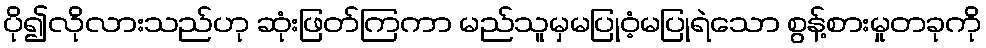
ပို၍လိုလားသည်ဟု ဆုံးဖြတ်ကြကာ မည်သူမှမပြုဝံ့မပြုရဲသော စွန့်စားမှုတခုကို